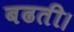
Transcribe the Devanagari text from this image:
बढती।